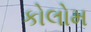
કોલોમ